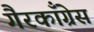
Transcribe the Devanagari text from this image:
गैरकाँग्रेस